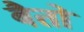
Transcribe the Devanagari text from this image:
बैतों